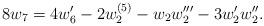
LaTeX: \begin{align*}8 w_7= 4 w_6' - 2 w_2^{(5)} - w_2w_2''' -3w_2'w_2''.\end{align*}